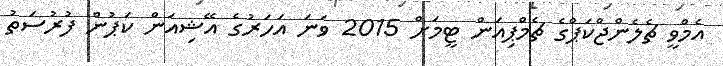
އެމްވީ ޗެލެންޖްކަޕްގެ ޗެމްޕިއަން ޓީމަށް 2015 ވަނަ އަހަރުގެ އޭޝިއަން ކަޕުން ފުރުސަތު